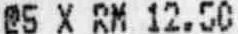
@5 X RM 12.50